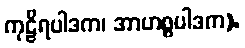
ကုဠိရပါဒက၊ အာဟစ္စပါဒက).